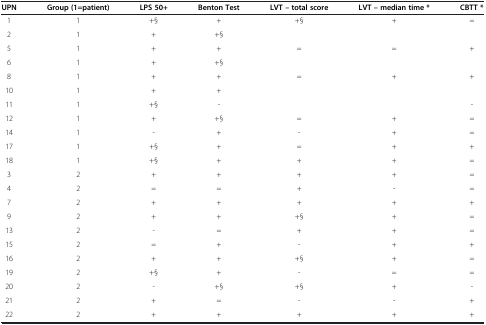
<table><thead><tr><td><b>UPN</b></td><td><b>Group (1=patient)</b></td><td><b>LPS 50+</b></td><td><b>Benton Test</b></td><td><b>LVT – total score</b></td><td><b>LVT – median time *</b></td><td><b>CBTT *</b></td></tr></thead><tbody><tr><td>1</td><td>1</td><td>+§</td><td>+</td><td>+§</td><td>+</td><td>=</td></tr><tr><td>2</td><td>1</td><td>+</td><td>+§</td><td>[EMPTY_CELL]</td><td>[EMPTY_CELL]</td><td>[EMPTY_CELL]</td></tr><tr><td>5</td><td>1</td><td>+</td><td>+</td><td>=</td><td>=</td><td>+</td></tr><tr><td>6</td><td>1</td><td>+</td><td>+§</td><td>[EMPTY_CELL]</td><td>[EMPTY_CELL]</td><td>[EMPTY_CELL]</td></tr><tr><td>8</td><td>1</td><td>+</td><td>+</td><td>=</td><td>+</td><td>+</td></tr><tr><td>10</td><td>1</td><td>+</td><td>+</td><td>[EMPTY_CELL]</td><td>[EMPTY_CELL]</td><td>[EMPTY_CELL]</td></tr><tr><td>11</td><td>1</td><td>+§</td><td>-</td><td>[EMPTY_CELL]</td><td>[EMPTY_CELL]</td><td>-</td></tr><tr><td>12</td><td>1</td><td>+</td><td>+§</td><td>=</td><td>+</td><td>=</td></tr><tr><td>14</td><td>1</td><td>-</td><td>+</td><td>-</td><td>+</td><td>=</td></tr><tr><td>17</td><td>1</td><td>+§</td><td>+</td><td>=</td><td>+</td><td>+</td></tr><tr><td>18</td><td>1</td><td>+§</td><td>+</td><td>+</td><td>+</td><td>=</td></tr><tr><td>3</td><td>2</td><td>+</td><td>+</td><td>+</td><td>+</td><td>=</td></tr><tr><td>4</td><td>2</td><td>=</td><td>=</td><td>+</td><td>-</td><td>=</td></tr><tr><td>7</td><td>2</td><td>+</td><td>+</td><td>+</td><td>+</td><td>+</td></tr><tr><td>9</td><td>2</td><td>+</td><td>+</td><td>+§</td><td>+</td><td>=</td></tr><tr><td>13</td><td>2</td><td>-</td><td>=</td><td>+</td><td>+</td><td>=</td></tr><tr><td>15</td><td>2</td><td>=</td><td>+</td><td>-</td><td>+</td><td>+</td></tr><tr><td>16</td><td>2</td><td>+</td><td>+</td><td>+§</td><td>+</td><td>=</td></tr><tr><td>19</td><td>2</td><td>+§</td><td>+</td><td>-</td><td>=</td><td>=</td></tr><tr><td>20</td><td>2</td><td>-</td><td>+§</td><td>+§</td><td>+</td><td>-</td></tr><tr><td>21</td><td>2</td><td>+</td><td>=</td><td>-</td><td>-</td><td>+</td></tr><tr><td>22</td><td>2</td><td>+</td><td>+</td><td>+</td><td>+</td><td>+</td></tr></tbody></table>